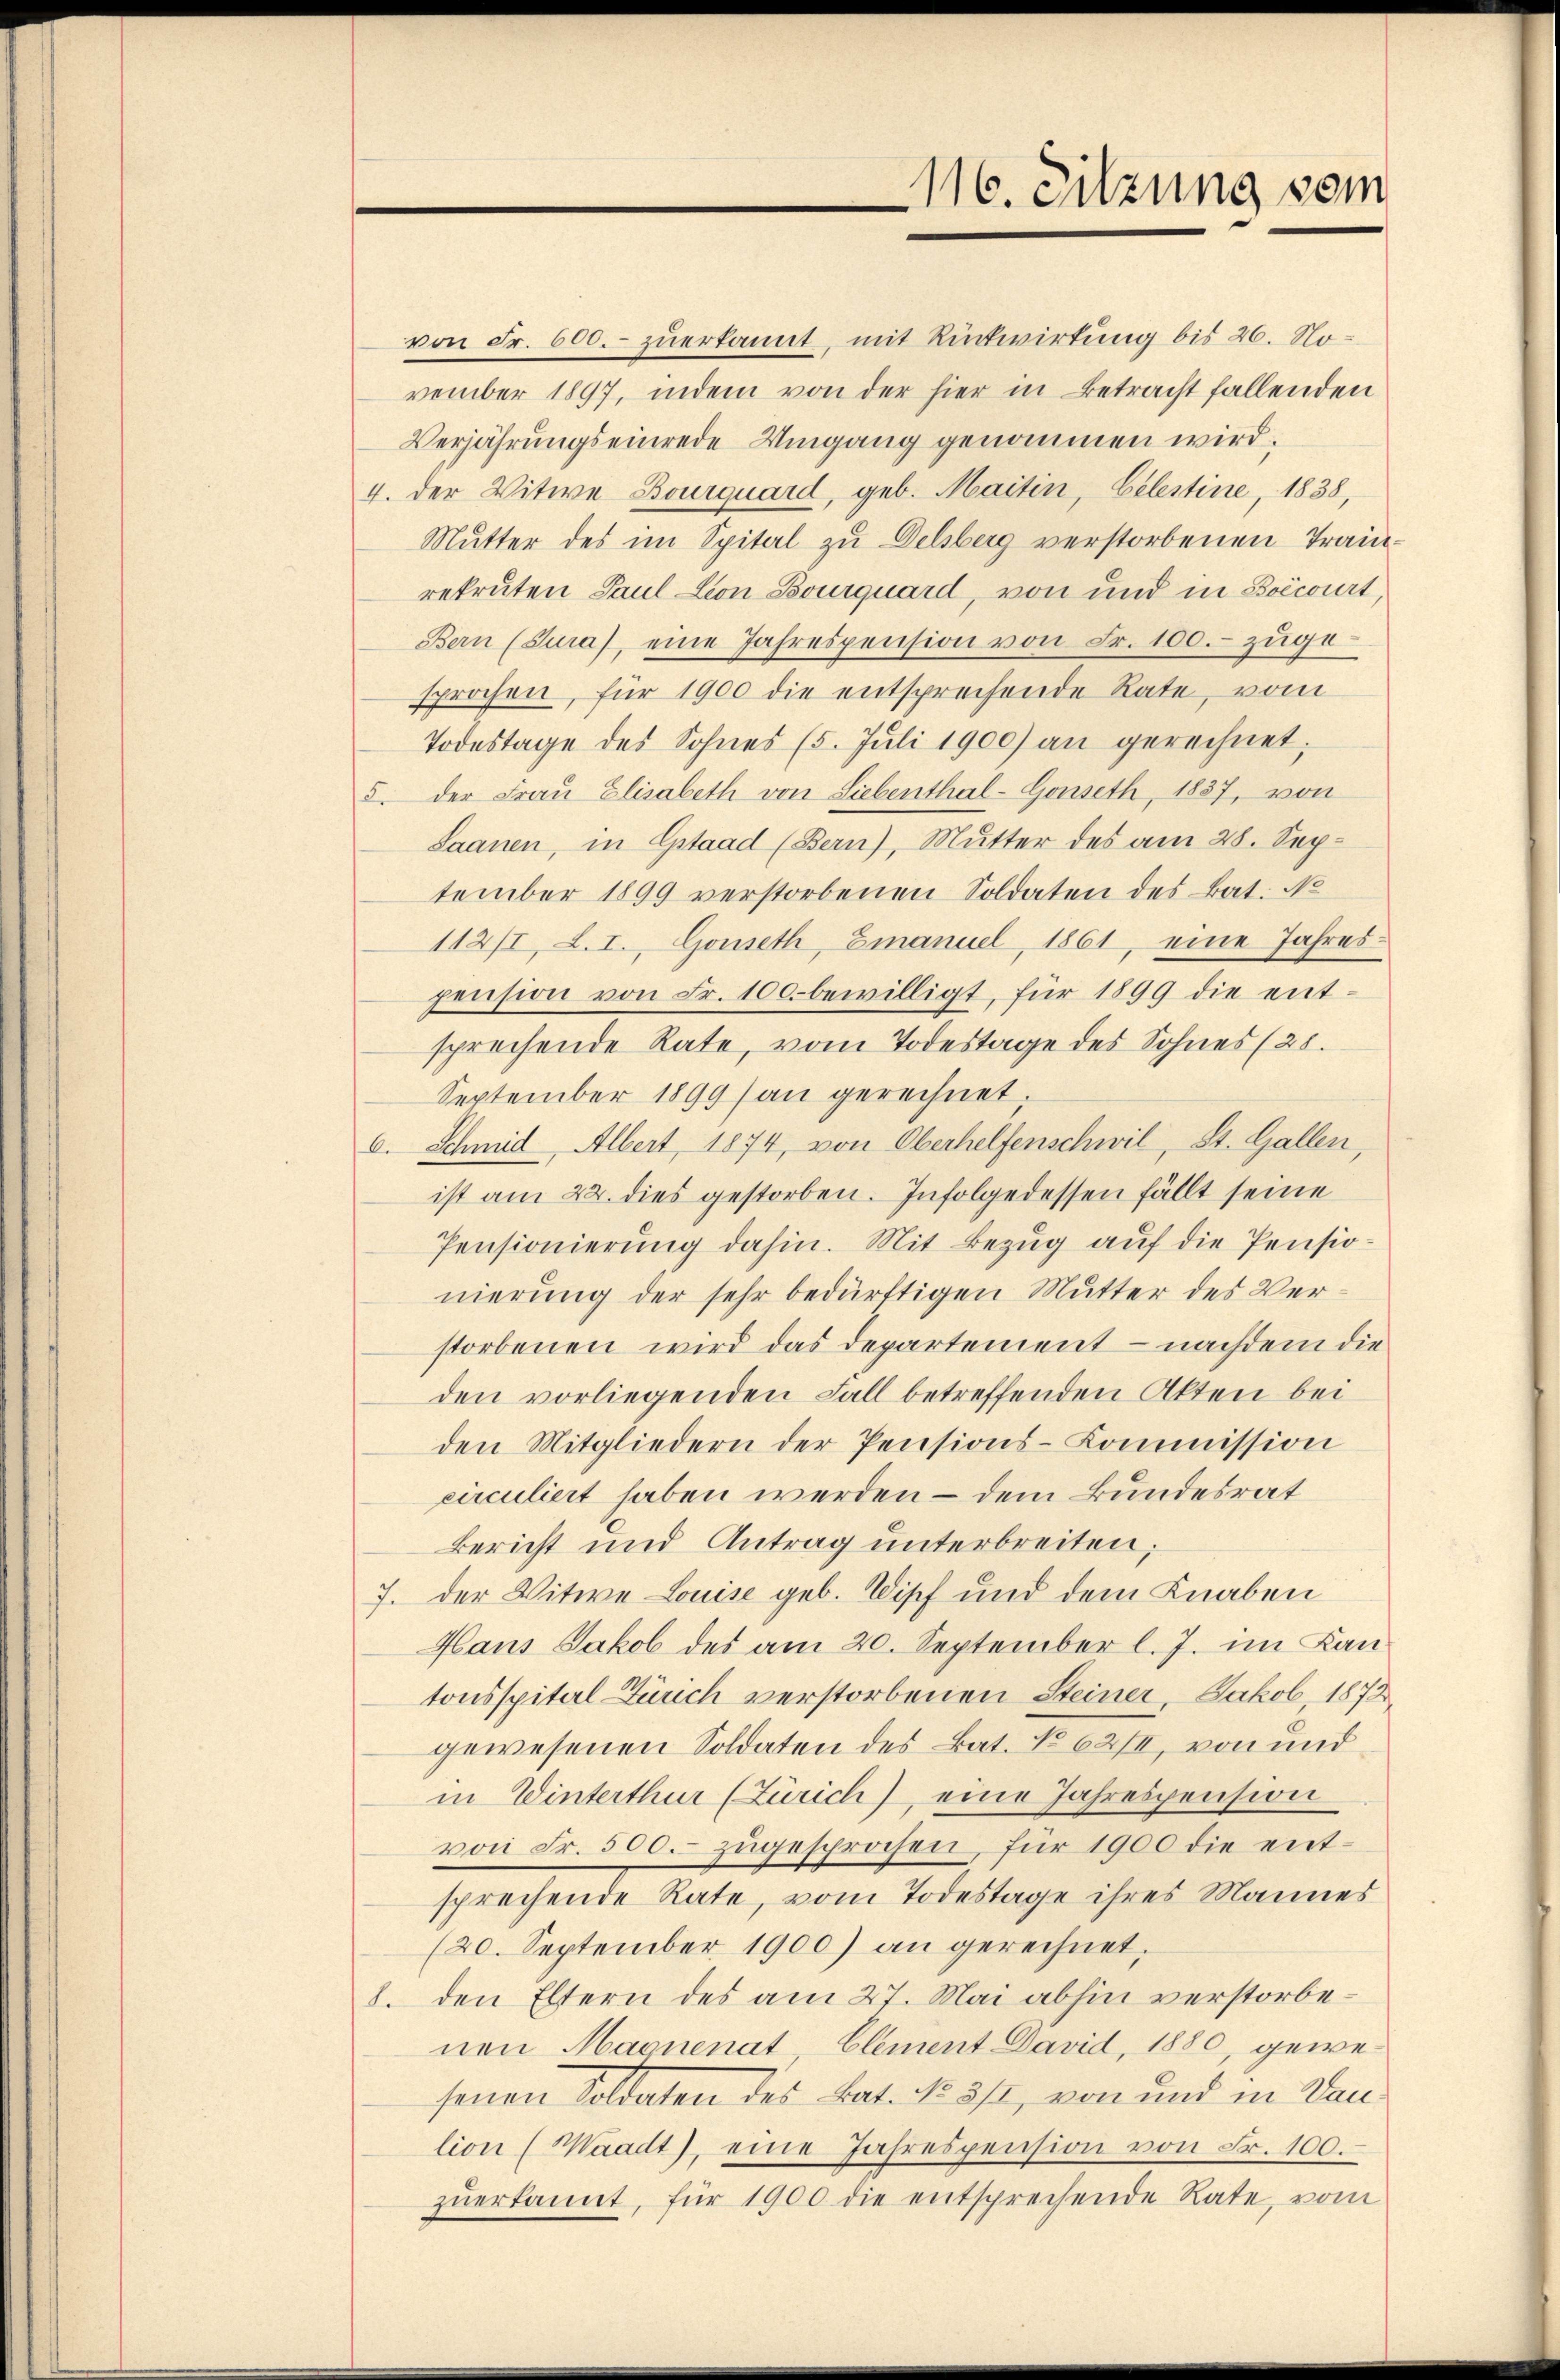
116. Sitzung vom

von Fr. 600. zuerkannt, mit Rückwirtung bis 26. November 1897, indem von der hier in Betracht fallenden
Verjährungseinrede Umgang genommen wird;
4. der Witwe Bourquard, geb. Maiten, Gelestine, 1838,
Mŭtter des im Spital zu Delsberg verstorbenen Tranrekruten Paul Lion Bourquard, von und in Boecourt,
Bern (Sura, eine Jahrespension von Fr. 100. zugesprochen, für 1900 die entsprechende Rate, vom
Todestage des Sohnes (5. Juli 1900) an gerechnet;
5. der Fraŭ Elisabeth von Liebenthal-Gouseth, 1857, von
Saanen, in Gstaad (Bern), Mutter des am 28. September 1899 verstorbenen Soldaten des Bat. No
112/I, L. I. Goneth, Emanuel, 1861, eine Jahrespension von Fr. 100. bewilligt, für 1899 die entsprechende Rate, vom Todestage des Sohnes (28.
September 1899 an gerechnet;
6. Schmid, Albert, 1874, von Oberhelfenschwil, St. Gallen,
ist am 22. dies gestorben. Infolgedessen fällt seine
Pensionierung dahin. Mit Bezug auf die Pensionierung der sehr bedürftigen Mutter des Verstorbenen wird das Departement – nachdem die
den vorliegenden Fall betreffenden Akten bei
den Mitgliedern der Pensions-Commission
circuliert haben werden – dem Bundesrat
Bericht und Antrag unterbreiten;
7. der Witwe Louise geb. Wipf und dem Knaben
Haus Jakob des am 20. September l. J. im Kantonsspital Zürich verstorbenen Steiner, Jakob, 1872
gewesenen Soldaten des Bat. No 62/4, von und
in Winterthur (Zürich), eine Jahrespension
von Fr. 500. zugesprochen, für 1900 die entsprechende Rate, vom Todestage ihres Mannes
(20. September 1900) an gerechnet,
8. den Eltern des am 27. Mai abhin verstorbenen Magnenat Clement David, 1880, gewesenen Soldaten des Bat. No 512, von und in Daulion (Waadt, eine Jahrespension von Fr. 100.
zŭerkannt, für 1900 die entsprechende Rate, vom